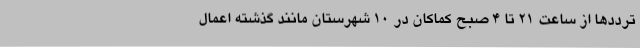
ترددها از ساعت 21 تا 4 صبح کماکان در 10 شهرستان مانند گذشته اعمال